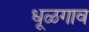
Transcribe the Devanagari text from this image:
धूळगाव